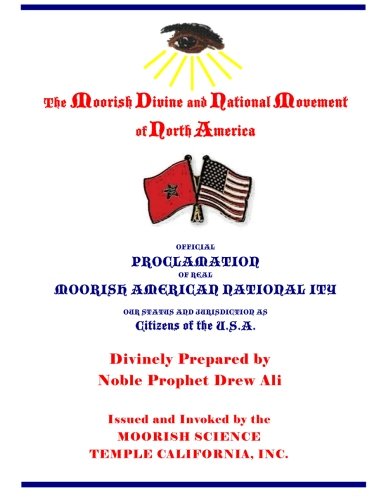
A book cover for Official Proclamation of Real Moorish American Nationality: Our Status and Jurisdiction as Citizens of the U.S.A.; Noble Prophet Drew Ali; Law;